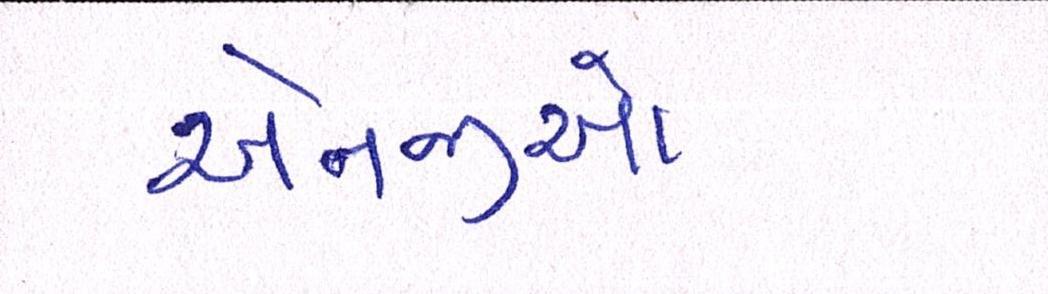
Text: એનજીઓ